Elephants and their diseases
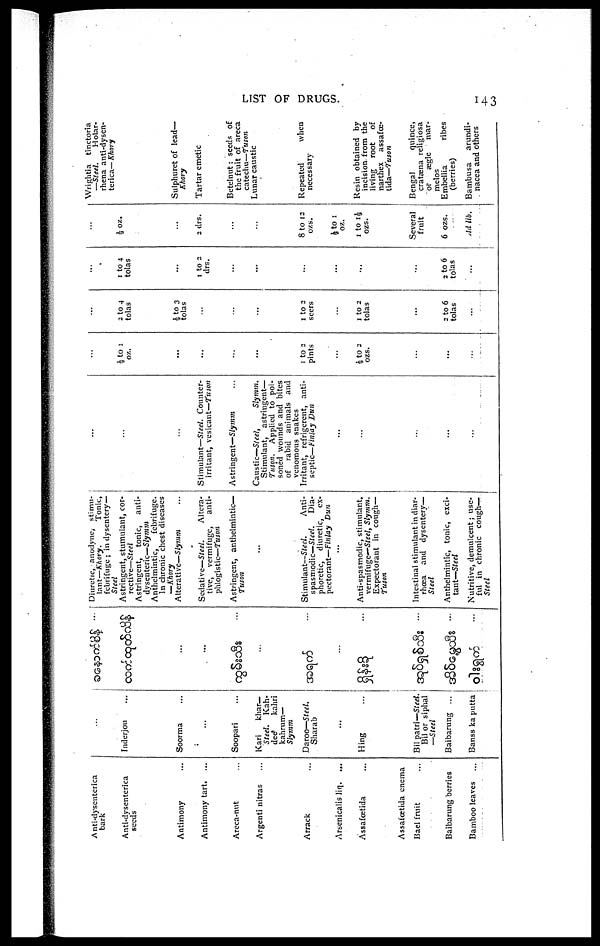
LIST OF DRUGS.
143
Anti-dysenterica
bark
Anti-dysenterica
seeds
Antimony
Antimony tart.
Areca-nut
Argenti nitras
Arrack
Arsenicalis liq.
...
Assafœtida
Assafœtida enema
Bael fruit
Baibarung berries
Bamboo leaves
...
Inderjou
Soorma ...
...
Soopari
Kari
khar—
Steel.
Kah-
dee
kahri
kahrum—
Slymm
Daroo—Steel.
Sharab
...
Hing
Bil patri—Steel.
Bil or siphal
—Steel
Baibarung ...
Banss ka putta
...
...
...
...
Diuretic, anodyne, stimu-
lant—Khory.
Tonic,
febrifuge ; in dysentery—
Steel
Astringent, stumulant, cor-
rective—Steel
Astringent,
tonic,
anti-
dysenteric—Slymm
Anthelmintic,
febrifuge.
In chronic chest diseases
—Khory
Alterative—Slymm
Sedative—Steel.
Altera-
tive, vermifuge,
anti-
phlogistic—Tuson
Astringent, anthelmintic—
Tuson
....
Stimulant—Steel.
Anti-
spasmodic— Steel.
Dia-
phoretic, diuretic,
ex-
pectorant—Finlay Dun
....
Anti-spasmodic, stimulant,
vermifuge—Steel, Slymm.
Expectorant in cough—
Tuson
Intestinal stimulant in diar-
rhoea and dysentery—
Steel
Anthelmintic, tonic, exci-
tant— Steel
Nutritive, demulcent; use-
ful in chronic cough—.
Steel
...
...
...
Stimulant—Steel. Counter-
irritant, vesicant—tuson
Astringent—Slymm
Caustic—Steel,
Slymm.
Stimulant,
astringent—
Tuson. Applied to poi-
soned wounds and bites
of rabid animals and
venomous snakes
Irritant, refrigerent, anti-
septic—Finlay Dun
...
...
...
...
...
½ to 1
oz.
...
...
...
...
1 to 2
pints
...
½ to 2
ozs.
...
...
...
2 to 4
tolas
½ to 3
tolas
...
...
...
1 to 2
seers
....
1 to 2
tolas
...
2 to 6
tolas
...
1 to 4
tolas
1 to 2
drs.
...
...
...
...
...
...
2 to 6
tolas
...
½ oz.
2 drs.
...
...
8 to 12
ozs.
½ to 1
oz.
1 to 1½
ozs.
Several
fruit
6 ozs.
Ad lib.
Wrightia tinctoria
—Steel.
Holar-
rhena anti-dysen-
terica— Khory
Sulphuret of lead—
Khory
Tartar emetic
Betelnut: seeds of
the fruit of areca
catechu—Tuson
Lunar caustic
Repeated
when
necessary
Resin obtained by
incision from the
living
root
of
narthex
assaf--
tida—Tuson
Bengal
quince,
cratæna religiosa
or
ægle
mar-
melos
Embellia
ribes
(berries)
Bambusa
arundi-
nacea and others